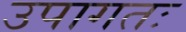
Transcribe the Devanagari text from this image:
उपागतः